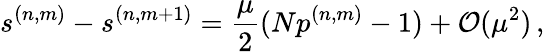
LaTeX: s^{(n,m)}-s^{(n,m+1)}=\frac{\mu}{2}(Np^{(n,m)}-1)+\mathcal{O}(\mu^{2})\, ,